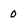
Character: 0